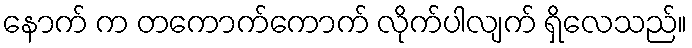
နောက် က တကောက်ကောက် လိုက်ပါလျက် ရှိလေသည်။